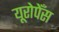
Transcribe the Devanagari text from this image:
यूरोपेँस